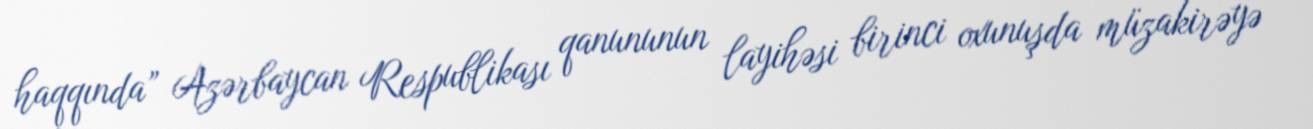
haqqında” Azərbaycan Respublikası qanununun layihəsi birinci oxunuşda müzakirəyə